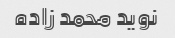
نوید محمد زاده